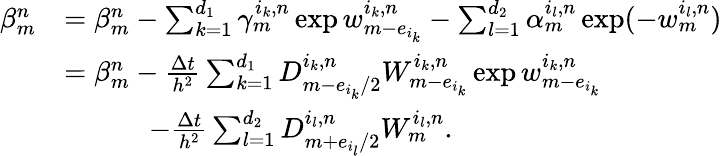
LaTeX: \begin{array}{rl}{\beta_{m}^{n}}&{=\beta_{m}^{n}-\sum_{k=1}^{d_{1}}\gamma_{m}^{i_{k},n}\exp w_{m-e_{i_{k}}}^{i_{k},n}-\sum_{l=1}^{d_{2}}\alpha_{m}^{i_{l},n}\exp(-w_{m}^{i_{l},n})}\\ &{=\beta_{m}^{n}-\frac{\Delta t}{h^{2}}\sum_{k=1}^{d_{1}}D_{m-e_{i_{k}}/2}^{i_{k},n}W_{m-e_{i_{k}}}^{i_{k},n}\exp w_{m-e_{i_{k}}}^{i_{k},n}}\\ &{\qquad\quad-\frac{\Delta t}{h^{2}}\sum_{l=1}^{d_{2}}D_{m+e_{i_{l}}/2}^{i_{l},n}W_{m}^{i_{l},n}.}\end{array}